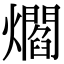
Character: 爓